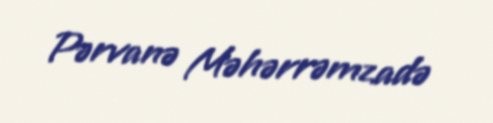
Pərvanə Məhərrəmzadə